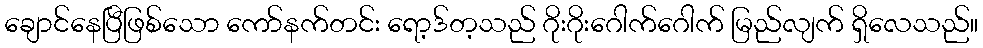
ချောင်နေပြီဖြစ်သော ကော်နက်တင်း ရော့ဒ်တ့သည် ဂိုးဂိုးဂေါက်ဂေါက် မြည်လျက် ရှိလေသည်။